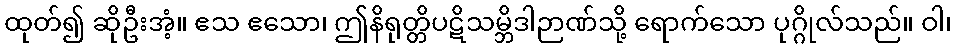
ထုတ်၍ ဆိုဦးအံ့။ ဧသ ဧသော၊ ဤနိရုတ္တိပဋိသမ္ဘိဒါဉာဏ်သို့ ရောက်သော ပုဂ္ဂိုလ်သည်။ ဝါ၊